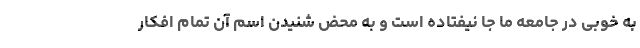
به خوبی در جامعه ما جا نیفتاده است و به محض شنیدن اسم آن تمام افکار